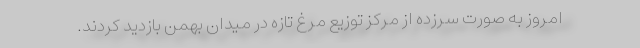
امروز به صورت سرزده از مرکز توزیع مرغ تازه در میدان بهمن بازدید کردند.